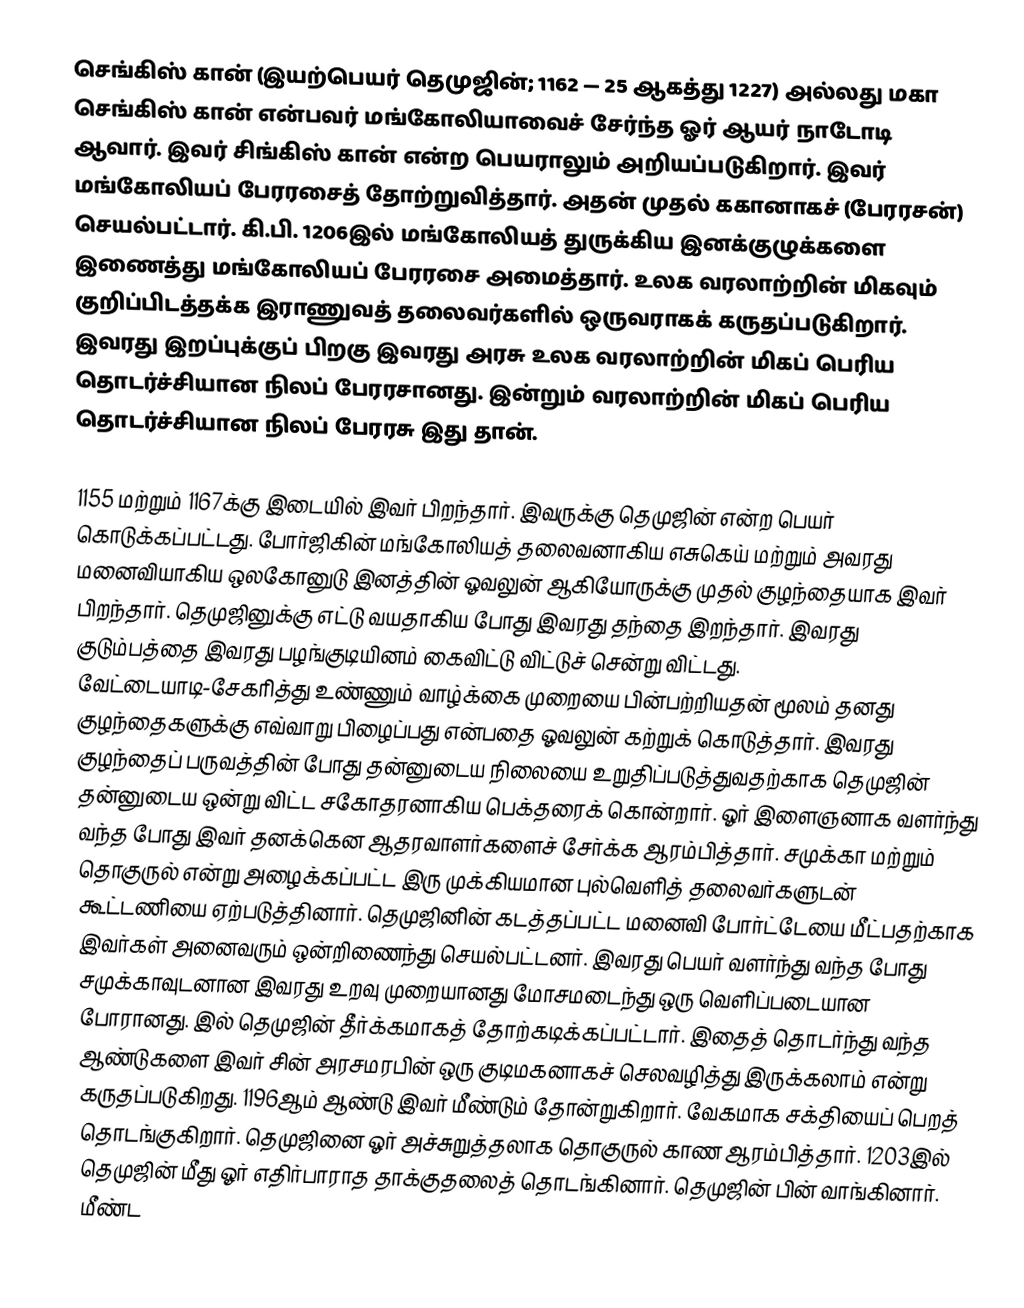
செங்கிஸ் கான் (இயற்பெயர் தெமுஜின்;  1162 — 25 ஆகத்து 1227) அல்லது மகா செங்கிஸ் கான் என்பவர் மங்கோலியாவைச் சேர்ந்த ஓர் ஆயர் நாடோடி ஆவார். இவர் சிங்கிஸ் கான் என்ற பெயராலும் அறியப்படுகிறார். இவர் மங்கோலியப் பேரரசைத் தோற்றுவித்தார். அதன் முதல் ககானாகச் (பேரரசன்) செயல்பட்டார். கி.பி. 1206இல் மங்கோலியத் துருக்கிய இனக்குழுக்களை இணைத்து மங்கோலியப் பேரரசை அமைத்தார். உலக வரலாற்றின் மிகவும் குறிப்பிடத்தக்க இராணுவத் தலைவர்களில் ஒருவராகக் கருதப்படுகிறார். இவரது இறப்புக்குப் பிறகு இவரது அரசு உலக வரலாற்றின் மிகப் பெரிய தொடர்ச்சியான நிலப் பேரரசானது. இன்றும் வரலாற்றின் மிகப் பெரிய தொடர்ச்சியான நிலப் பேரரசு இது தான்.

1155 மற்றும் 1167க்கு இடையில் இவர் பிறந்தார். இவருக்கு தெமுஜின் என்ற பெயர் கொடுக்கப்பட்டது. போர்ஜிகின் மங்கோலியத் தலைவனாகிய எசுகெய் மற்றும் அவரது மனைவியாகிய ஒலகோனுடு இனத்தின் ஓவலுன் ஆகியோருக்கு முதல் குழந்தையாக இவர் பிறந்தார். தெமுஜினுக்கு எட்டு வயதாகிய போது இவரது தந்தை இறந்தார். இவரது குடும்பத்தை இவரது பழங்குடியினம் கைவிட்டு விட்டுச் சென்று விட்டது. வேட்டையாடி-சேகரித்து உண்ணும் வாழ்க்கை முறையை பின்பற்றியதன் மூலம் தனது குழந்தைகளுக்கு எவ்வாறு பிழைப்பது என்பதை ஓவலுன் கற்றுக் கொடுத்தார். இவரது குழந்தைப் பருவத்தின் போது தன்னுடைய நிலையை உறுதிப்படுத்துவதற்காக தெமுஜின் தன்னுடைய ஒன்று விட்ட சகோதரனாகிய பெக்தரைக் கொன்றார். ஓர் இளைஞனாக வளர்ந்து வந்த போது இவர் தனக்கென ஆதரவாளர்களைச் சேர்க்க ஆரம்பித்தார். சமுக்கா மற்றும் தொகுருல் என்று அழைக்கப்பட்ட இரு முக்கியமான புல்வெளித் தலைவர்களுடன் கூட்டணியை ஏற்படுத்தினார். தெமுஜினின் கடத்தப்பட்ட மனைவி போர்ட்டேயை மீட்பதற்காக இவர்கள் அனைவரும் ஒன்றிணைந்து செயல்பட்டனர். இவரது பெயர் வளர்ந்து வந்த போது சமுக்காவுடனான இவரது உறவு முறையானது மோசமடைந்து ஒரு வெளிப்படையான போரானது. இல் தெமுஜின் தீர்க்கமாகத் தோற்கடிக்கப்பட்டார். இதைத் தொடர்ந்து வந்த ஆண்டுகளை இவர் சின் அரசமரபின் ஒரு குடிமகனாகச் செலவழித்து இருக்கலாம் என்று கருதப்படுகிறது. 1196ஆம் ஆண்டு இவர் மீண்டும் தோன்றுகிறார். வேகமாக சக்தியைப் பெறத் தொடங்குகிறார். தெமுஜினை ஓர் அச்சுறுத்தலாக தொகுருல் காண ஆரம்பித்தார். 1203இல் தெமுஜின் மீது ஓர் எதிர்பாராத தாக்குதலைத் தொடங்கினார். தெமுஜின் பின் வாங்கினார். மீண்ட